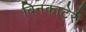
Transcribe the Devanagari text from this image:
बिनकाटेरी